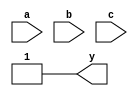
module EssentialPrimeImplicants (
    input wire a, b, c,           // Input variables
    output wire y                 // Output of the combinational logic block
);

// Internal signals
wire [7:0] minterms;             // Represents the output for each minterm
wire [7:0] prime_implicants;     // Represents the identified prime implicants
wire [7:0] essential_implicants; // Represents the essential prime implicants

// Truth table for a sample Boolean function (example: f(a, b, c) = (1, 2, 5, 6))
assign minterms = {1'b0, 1'b1, 1'b1, 1'b0, 1'b0, 1'b1, 1'b1, 1'b0}; // Outputs for minterms 0-7

// Prime Implicant Identification
// For simplicity, we will directly assign some prime implicants based on the function
// In a full implementation, you would dynamically compute these
assign prime_implicants = 8'b00101100; // Example prime implicants for the function

// Essential Prime Implicant Selection
// Identify essential prime implicants
assign essential_implicants[0] = prime_implicants[1] & ~prime_implicants[0] & ~prime_implicants[2]; // Covers minterm 1
assign essential_implicants[1] = prime_implicants[2] & ~prime_implicants[1] & ~prime_implicants[3]; // Covers minterm 2
assign essential_implicants[2] = prime_implicants[5] & ~prime_implicants[4] & ~prime_implicants[6]; // Covers minterm 5
assign essential_implicants[3] = prime_implicants[6] & ~prime_implicants[5] & ~prime_implicants[7]; // Covers minterm 6

// Final Output Logic Formulation
assign y = essential_implicants[0] | essential_implicants[1] | essential_implicants[2] | essential_implicants[3];

// Testbench Integration (for simulation purposes)
endmodule